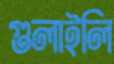
গুলাইলি